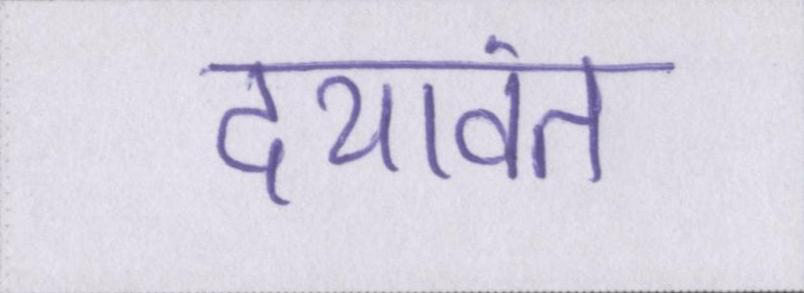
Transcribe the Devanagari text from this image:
दयावंत